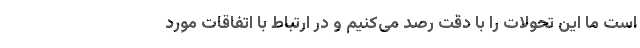
است ما این تحولات را با دقت رصد می‌کنیم و در ارتباط با اتفاقات مورد